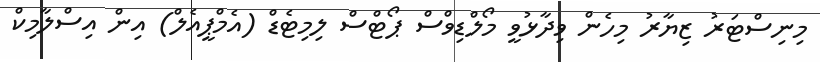
މިނިސްޓަރު ޒިޔާރު މިހެން ވިދާޅުވީ މޯލްޑިވްސް ޕޯޓްސް ލިމިޓެޑް (އެމްޕީއެލް) އިން އިސްލާމިކް